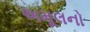
અમૂલનો